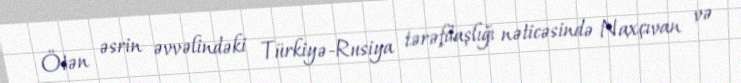
Ötən əsrin əvvəlindəki Türkiyə-Rusiya tərəfdaşlığı nəticəsində Naxçıvan və